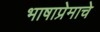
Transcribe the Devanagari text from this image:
भाषाप्रेमाचे